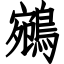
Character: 鵷